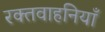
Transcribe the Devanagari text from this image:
रक्तवाहनियाँ